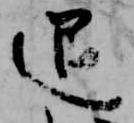
退